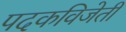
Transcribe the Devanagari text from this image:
पदकविजेती